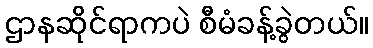
ဌာနဆိုင်ရာကပဲ စီမံခန့်ခွဲတယ်။